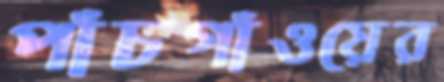
পাঁচগাঁওয়ের